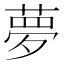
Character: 夢